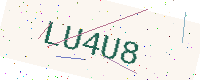
Text: LU4U8